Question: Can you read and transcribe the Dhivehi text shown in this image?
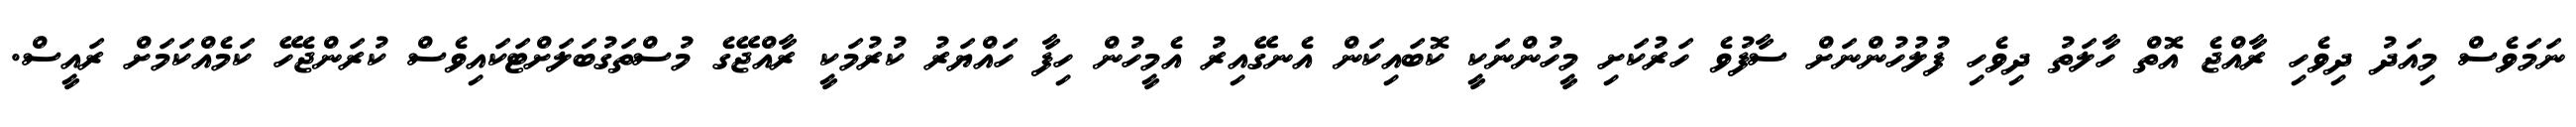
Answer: ނަމަވެސް މިއަދު ދިވެހި ރާއްޖެ އޮތް ހާލަތު ދިވެހި ފުލުހުންނަށް ސާފުވެ ހަރުކަށި މީހުންނަކީ ކޮބައިކަން އެނގޭއިރު އެމީހުން ހިފާ ހައްޔަރު ކުރުމަކީ ރާއްޖޭގެ މުސްތަގުބަލަށްޓަކައިވެސް ކުރަންޖެހޭ ކަމެއްކަމަށް ރައީސް.